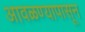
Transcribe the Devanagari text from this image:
आवळण्यापासून